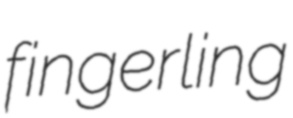
fingerling